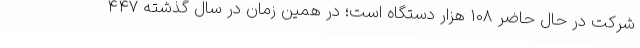
شرکت در حال حاضر 108 هزار دستگاه است؛ در همین زمان در سال گذشته 447